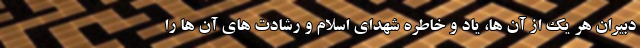
دبیران هر یک از آن ها، یاد و خاطره شهدای اسلام و رشادت های آن ها را